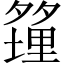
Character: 𪤿